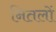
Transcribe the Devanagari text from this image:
नितलों